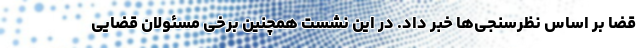
قضا بر اساس نظرسنجی‌ها خبر داد. در این نشست همچنین برخی مسئولان قضایی